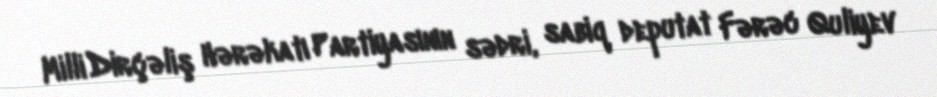
Milli Dirçəliş Hərəkatı Partiyasının sədri, sabiq deputat Fərəc Quliyev